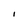
Character: i